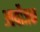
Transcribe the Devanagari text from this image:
आयौजक